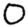
Digit: 0